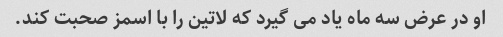
او در عرض سه ماه یاد می گیرد که لاتین را با اسمز صحبت کند.